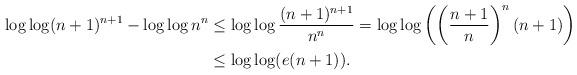
LaTeX: \begin{align*} \log\log (n+1)^{n+1}-\log\log n^n&\le\log\log\frac{(n+1)^{n+1}}{n^n}=\log\log\left(\left(\frac{n+1}{n}\right)^n(n+1)\right)\\ &\le\log\log(e(n+1)). \end{align*}